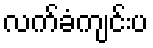
လက်ခံကျင်းပ